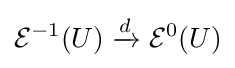
{\mathcal {E}}^{-1}(U)\xrightarrow {d} {\mathcal {E}}^{0}(U)